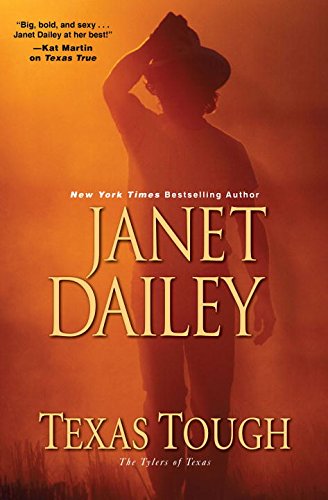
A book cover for Texas Tough (The Tylers of Texas); Janet Dailey; Romance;